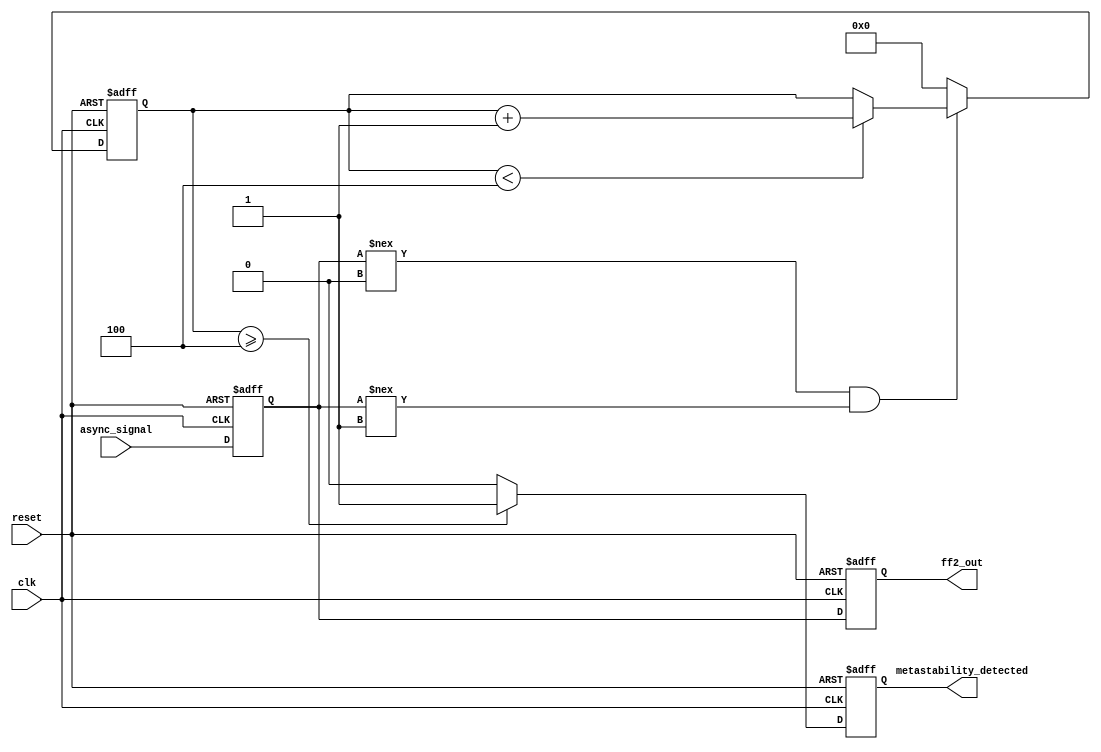
module metastability_detector (
    input wire clk,                // Clock signal
    input wire async_signal,       // Asynchronous input signal
    input wire reset,              // Reset signal
    output reg ff2_out,            // Synchronized output signal
    output reg metastability_detected // Metastability detection flag
);

    // Parameters for metastability detection
    parameter METASTABILITY_THRESHOLD = 4; // Adjust this value based on your timing requirements

    reg ff1_out;                    // Output of the first flip-flop
    reg [3:0] metastability_counter; // Counter for metastability detection

    // First flip-flop to sample the asynchronous signal
    always @(posedge clk or posedge reset) begin
        if (reset) begin
            ff1_out <= 1'b0;
            metastability_counter <= 0;
            metastability_detected <= 1'b0;
        end else begin
            ff1_out <= async_signal;

            // Check for metastability condition
            if (ff1_out !== 1'b0 && ff1_out !== 1'b1) begin
                // Increment counter if in metastable state
                if (metastability_counter < METASTABILITY_THRESHOLD) begin
                    metastability_counter <= metastability_counter + 1;
                end
            end else begin
                // Reset counter if stable
                metastability_counter <= 0;
            end

            // Assert metastability_detected if counter exceeds threshold
            if (metastability_counter >= METASTABILITY_THRESHOLD) begin
                metastability_detected <= 1'b1;
            end else begin
                metastability_detected <= 1'b0;
            end
        end
    end

    // Second flip-flop to synchronize the output
    always @(posedge clk or posedge reset) begin
        if (reset) begin
            ff2_out <= 1'b0;
        end else begin
            ff2_out <= ff1_out;
        end
    end

endmodule